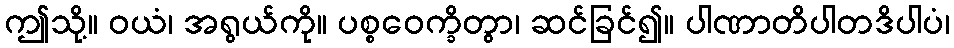
ဤသို့။ ဝယံ၊ အရွယ်ကို။ ပစ္စဝေက္ခိတွာ၊ ဆင်ခြင်၍။ ပါဏာတိပါတဒိပါပံ၊